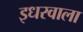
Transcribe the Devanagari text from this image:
इधरवाला